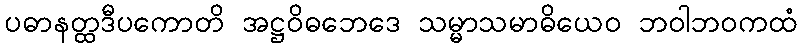
ပဓာနတ္ထဒီပကောတိ အဋ္ဌဝိဓဘေဒေ သမ္မာသမာဓိယေဝ ဘဝါဘဝကထံ